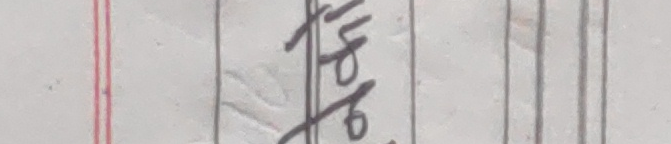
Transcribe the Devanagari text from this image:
तपाई